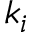
k _ { i }